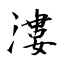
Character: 漊